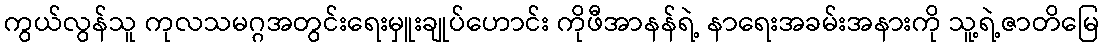
ကွယ်လွန်သူ ကုလသမဂ္ဂအတွင်းရေးမှူးချုပ်ဟောင်း ကိုဖီအာနန်ရဲ့ နာရေးအခမ်းအနားကို သူ့ရဲ့ဇာတိမြေ